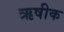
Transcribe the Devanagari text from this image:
ऋषीक